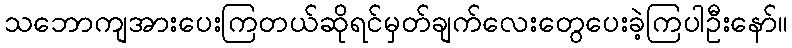
သဘောကျအားပေးကြတယ်ဆိုရင်မှတ်ချက်လေးတွေပေးခဲ့ကြပါဦးနော်။